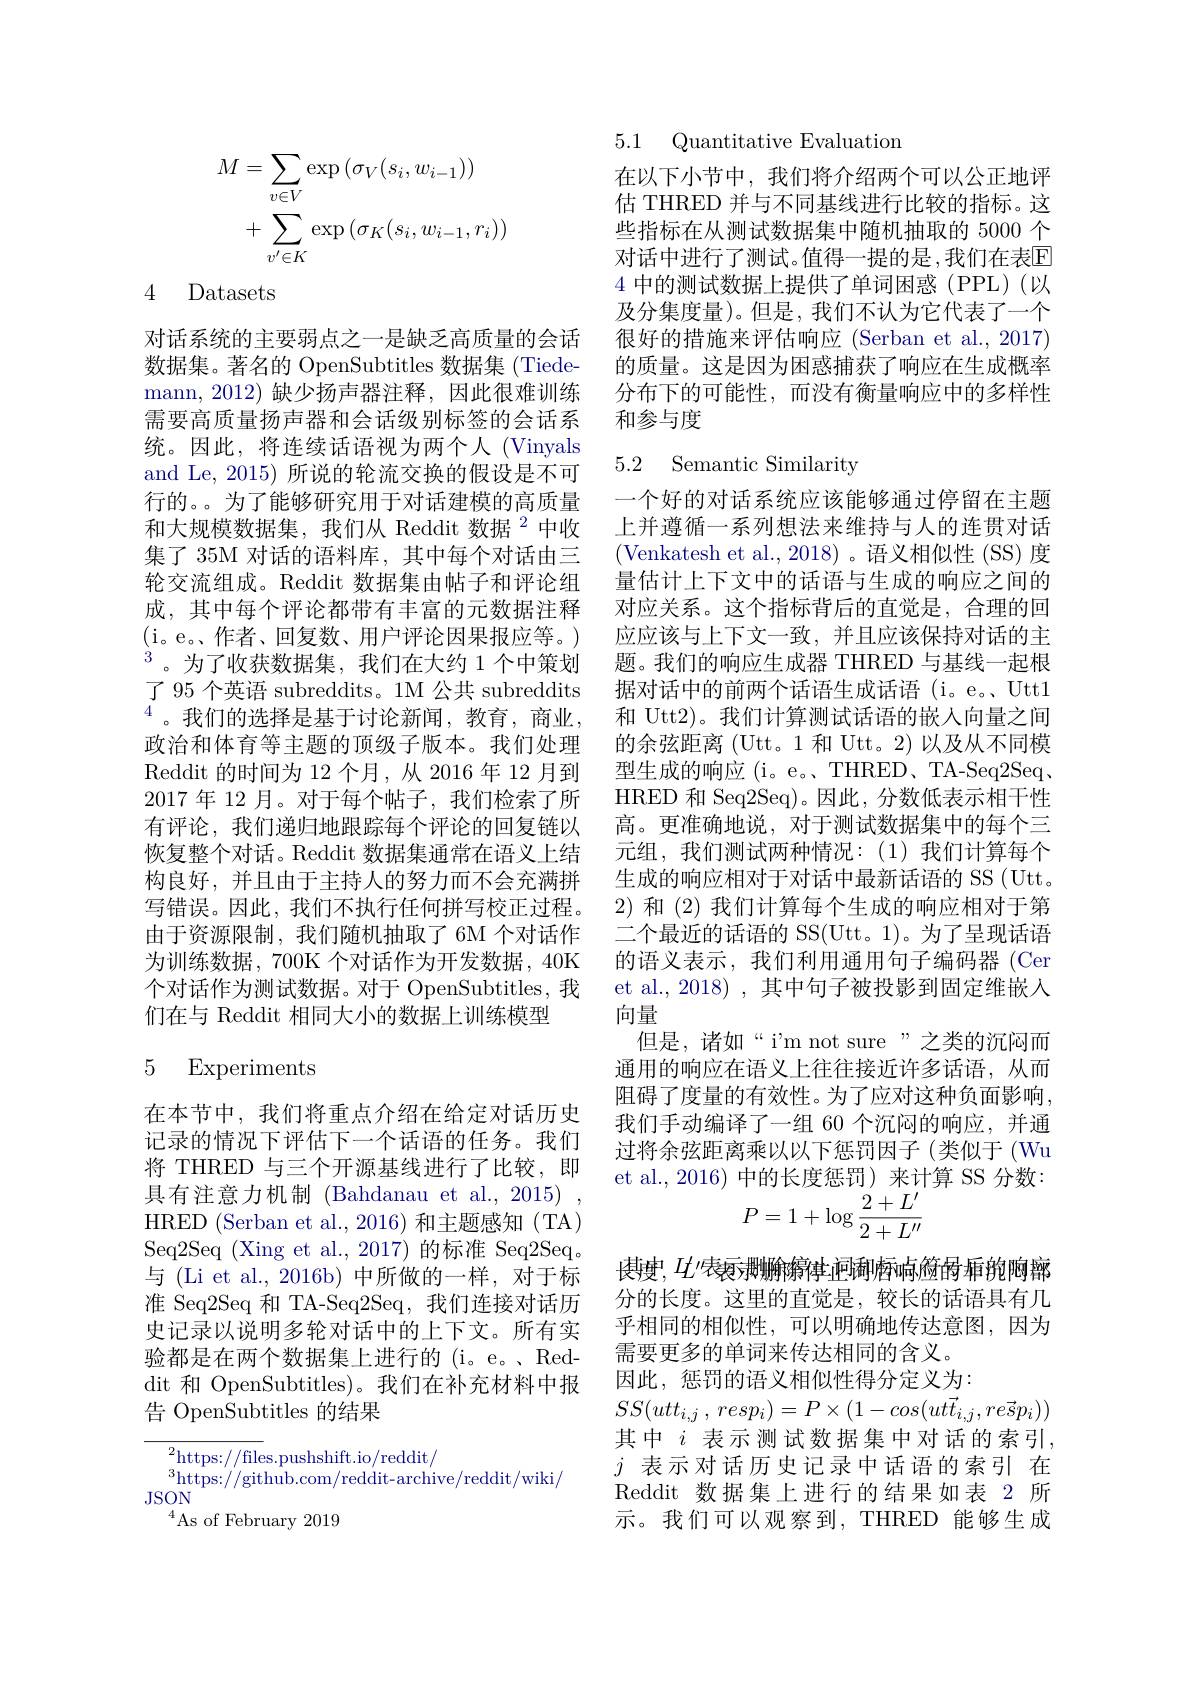
$$\begin{aligned}\text{M}&=\sum_{v\in V}\exp\left(\sigma_{V}(s_{i},w_{i-1})\right)\\&+\sum_{v^{\prime}\in K}\exp\left(\sigma_{K}(s_{i},w_{i-1},r_{i})\right)\end{aligned}$$
4 Datasets

对话系统的主要弱点之一是缺乏高质量的会话数据集。著名的 OpenSubtitles 数据集 (Tiedemann, 2012) 缺少扬声器注释，因此很难训练需要高质量扬声器和会话级别标签的会话系统。因此，将连续话语视为两个人(Vinyals and Le, 2015) 所说的轮流交换的假设是不可行的。。为了能够研究用于对话建模的高质量和大规模数据集，我们从 Reddit 数据 $^{2}$中收集了 35M 对话的语料库，其中每个对话由三轮交流组成。Reddit 数据集由帖子和评论组成，其中每个评论都带有丰富的元数据注释(i。e。作者、回复数、用户评论因果报应等。) $^{3}$。为了收获数据集，我们在大约1个中策划了 95 个英语 subreddits。1M 公共 subreddits $^{4}$。我们的选择是基于讨论新闻，教育，商业， 政治和体育等主题的顶级子版本。我们处理Reddit 的时间为 12 个月，从 2016 年 12 月到2017 年 12 月。对于每个帖子，我们检索了所有评论，我们递归地跟踪每个评论的回复链以恢复整个对话。Reddit 数据集通常在语义上结构良好，并且由于主持人的努力而不会充满拼写错误。因此，我们不执行任何拼写校正过程。由于资源限制，我们随机抽取了6M 个对话作为训练数据，700K 个对话作为开发数据，40K 个对话作为测试数据。对于 OpenSubtitles, 我们在与 Reddit 相同大小的数据上训练模型

## 5 Experiments

在本节中，我们将重点介绍在给定对话历史记录的情况下评估下一个话语的任务。我们将 THRED 与三个开源基线进行了比较，即具有注意力机制 (Bahdanau et al., 2015) , HRED (Serban et al.,2016) 和主题感知 (TA) Seq2Seq (Xing et al., 2017) 的标准 Seq2Seq。与 (Li et al., 2016b) 中所做的一样，对于标准 Seq2Seq 和 TA-Seq2Seq, 我们连接对话历史记录以说明多轮对话中的上下文。所有实验都是在两个数据集上进行的 (i。e。、Reddit 和 OpenSubtitles)。我们在补充材料中报告 OpenSubtitles 的结果

$^{2}$https://files.pushshift.io/reddit/
${}^{3}$https://github.com/reddit-archive/reddit/wiki/
JSON
$^{4}$As of February 2019

5.1 Quantitative Evaluation

在以下小节中，我们将介绍两个可以公正地评估 THRED 并与不同基线进行比较的指标。这些指标在从测试数据集中随机抽取的 5000 个对话中进行了测试。值得一提的是，我们在表$\mathbb{E}$ 4中的测试数据上提供了单词困惑(PPL)(以及分集度量)。但是，我们不认为它代表了一个很好的措施来评估响应 (Serban et al., 2017) 的质量。这是因为困惑捕获了响应在生成概率分布下的可能性，而没有衡量响应中的多样性和参与度

## 5.2 Semantic Similarity

一个好的对话系统应该能够通过停留在主题上并遵循一系列想法来维持与人的连贯对话(Venkatesh et al.,2018)。语义相似性(SS)度量估计上下文中的话语与生成的响应之间的对应关系。这个指标背后的直觉是，合理的回应应该与上下文一致，并且应该保持对话的主题。我们的响应生成器 THRED 与基线一起根据对话中的前两个话语生成话语 (i。e。,Utt1和 Utt2)。我们计算测试话语的嵌人向量之间的余弦距离 (Utt。1 和 Utt。2)以及从不同模型生成的响应(i。e。、THRED、TA-Seq2Seq. HRED 和 Seq2Seq)。因此，分数低表示相干性高。更准确地说，对于测试数据集中的每个三元组，我们测试两种情况：(1)我们计算每个生成的响应相对于对话中最新话语的 SS (Utt。2)和 (2) 我们计算每个生成的响应相对于第二个最近的话语的 SS(Utt。1)。为了呈现话语的语义表示，我们利用通用句子编码器 (Cer et al., 2018) , 其中句子被投影到固定维嵌入向量
但是，诸如“i'm not sure”之类的沉闷而通用的响应在语义上往往接近许多话语，从而阻碍了度量的有效性。为了应对这种负面影响， 我们手动编译了一组 60 个沉闷的响应，并通过将余弦距离乘以以下惩罚因子(类似于(Wu et al.,2016) 中的长度惩罚) 来计算 SS 分数：
$$P=1+\log\frac{2+L^{\prime}}{2+L^{\prime\prime}}$$
使 史 , $H^{\prime }$表耍删腧竂律迵琍卥响殓昬乖匏飑廍分的长度。这里的直觉是，较长的话语具有几乎相同的相似性，可以明确地传达意图，因为需要更多的单词来传达相同的含义。
因此，惩罚的语义相似性得分定义为：

$SS( utt_{i, j}$ , $resp_{i}) = P\times \left ( 1- cos( ut\vec{t} _{i, j}, re\vec{s} p_{i}) \right )$ 其中 $i$ 表示测试数据集中对话的索引， $j$表示对话历史记录中话语的索引 在Reddit 数据集上进行的结果如表 2 所示。我们可以观察到，THRED能够生成